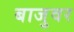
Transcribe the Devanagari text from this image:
बाजुवर